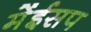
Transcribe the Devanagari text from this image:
मेंईसप